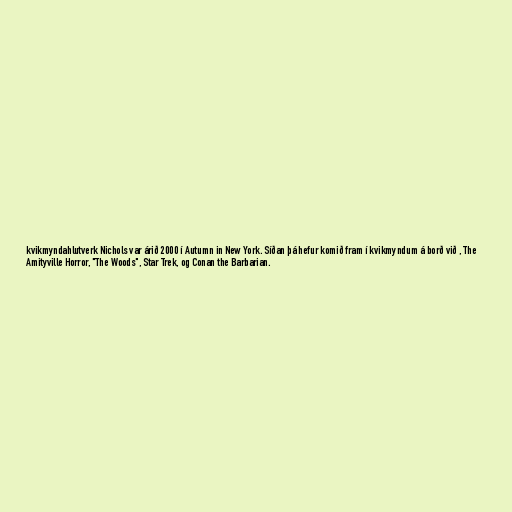
kvikmyndahlutverk Nichols var árið 2000 í Autumn in New York. Síðan þá hefur komið fram í kvikmyndum á borð við , The
Amityville Horror, "The Woods", Star Trek, og Conan the Barbarian.